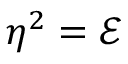
\eta ^ { 2 } = \mathcal { E }